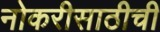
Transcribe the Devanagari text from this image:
नोकरीसाठीची